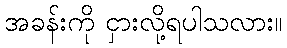
အခန်းကို ငှားလို့ရပါသလား။